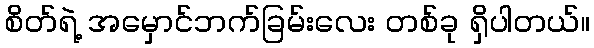
စိတ်ရဲ့ အမှောင်ဘက်ခြမ်းလေး တစ်ခု ရှိပါတယ်။